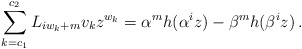
\begin{align*}\sum_{k = c_1 }^{c_2 } {L_{iw_k + m} v_kz^{w_k}} = \alpha^m h(\alpha ^i z) - \beta^m h(\beta ^i z)\,.\end{align*}